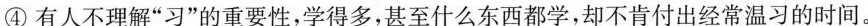
④有人不理解”习”的重要性，学得多，甚至什么东西都学，却不肯付出经常温习的时间。